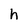
Character: h